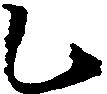
乙